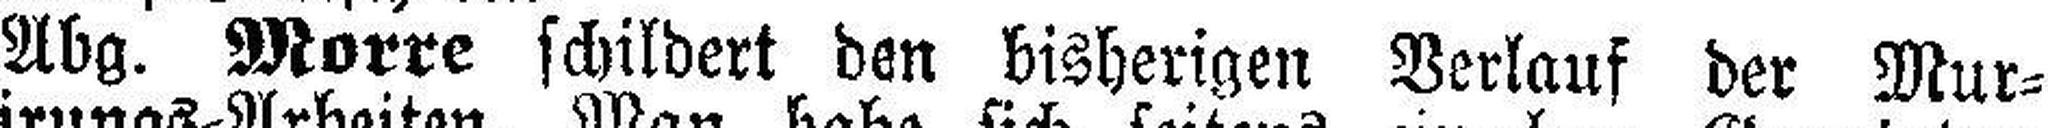
Abg. Morre schildert den bisherigen Verlauf der Mur¬